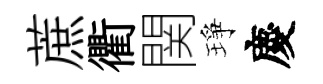
蔗衢関琤慶